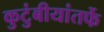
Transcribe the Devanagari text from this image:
कुटुंबीयांतर्फे